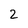
Character: 2